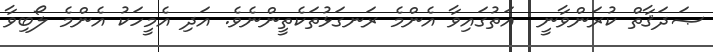
ޞަދަޤާތް ކުރަންވާނީ  އަތުގައިވާ އެންމެ ރަނގަޅުތަކެތީންނެވެ. އަދި އެމީހަކު އެންމެ ލޯބިވާ